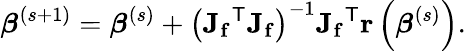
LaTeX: {\boldsymbol{\beta}}^{(s+1)}={\boldsymbol{\beta}}^{(s)}+\left(\mathbf{J_{f}}^{\mathsf{T}}\mathbf{J_{f}}\right)^{-1}\mathbf{J_{f}}^{\mathsf{T}}\mathbf{r}\left({\boldsymbol{\beta}}^{(s)}\right).